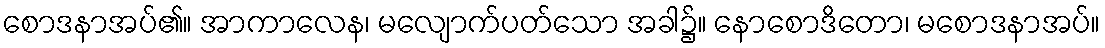
စောဒနာအပ်၏။ အာကာလေန၊ မလျောက်ပတ်သော အခါ၌။ နောစောဒိတော၊ မစောဒနာအပ်။